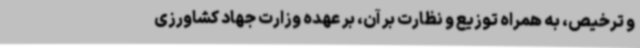
و ترخیص، به همراه توزیع و نظارت بر آن، بر عهده وزارت جهاد کشاورزی